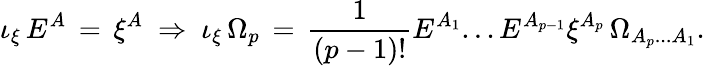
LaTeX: \iota_{\xi}\, E^{A}\, =\, \xi^{A}\ \Rightarrow\ \iota_{\xi}\, \Omega_{p}\, =\, \frac{1}{(p-1)!}E^{A_{1}}...E^{A_{p-1}}\xi^{A_{p}}\, \Omega_{A_{p}...A_{1}}.